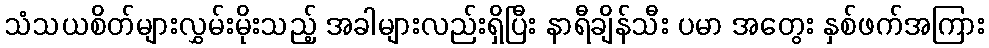
သံသယစိတ်များလွှမ်းမိုးသည့် အခါများလည်းရှိပြီး နာရီချိန်သီး ပမာ အတွေး နှစ်ဖက်အကြား